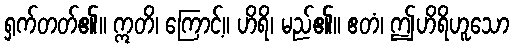
ရှက်တတ်၏။ ဣတိ၊ ကြောင့်။ ဟိရိ၊ မည်၏။ ဧတံ၊ ဤဟိရိဟူသော